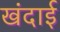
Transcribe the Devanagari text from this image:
खंदाई